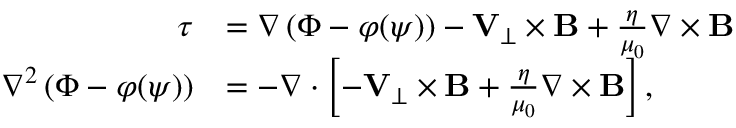
\begin{array} { r l } { \boldsymbol { \tau } } & { = \nabla \left( \Phi - \varphi ( \psi ) \right) - { \mathbf V } _ { \perp } \times { \mathbf B } + \frac { \eta } { \mu _ { 0 } } \nabla \times { \mathbf B } } \\ { \nabla ^ { 2 } \left( \Phi - \varphi ( \psi ) \right) } & { = - \nabla \cdot \left[ - { \mathbf V } _ { \perp } \times { \mathbf B } + \frac { \eta } { \mu _ { 0 } } \nabla \times { \mathbf B } \right] , } \end{array}